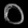
Digit: ၀